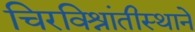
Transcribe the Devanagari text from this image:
चिरविश्रांतीस्थाने